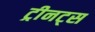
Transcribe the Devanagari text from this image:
ट्रीनट्स